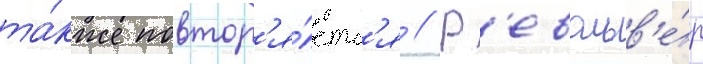
та́кже повтор'я́етс'я // Р'евольв'е́р